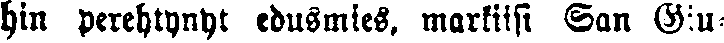
hin perehtynyt edusmies, markiisi San Giu-